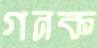
গনক